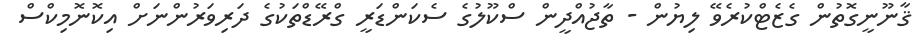
ޤާނޫނީގޮތުން ގެޒެޓްކުރެވޭ ލިޔުން - ތާޖުއްދީން ސްކޫލުގެ ސެކަންޑަރީ ގްރޭޑްތަކުގެ ދަރިވަރުންނަށް އިކޮނޮމިކްސް